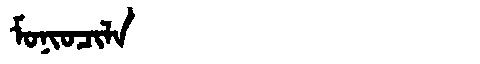
Manchu: ᠮᠣᠨᡳᠣᠴᡳᠯᠠ
Romanization: MONIOCILA